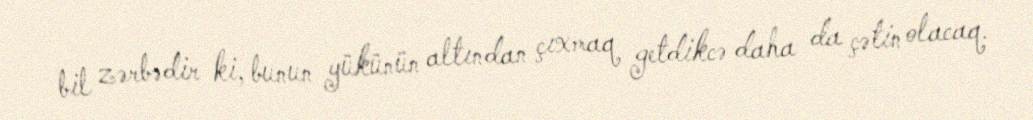
bil zərbədir ki, bunun yükünün altından çıxmaq getdikcə daha da çətin olacaq.